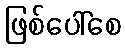
ဖြစ်ပေါ်စေ